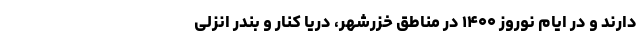
دارند و در ایام نوروز ۱۴۰۰ در مناطق خزرشهر، دریا کنار و بندر انزلی